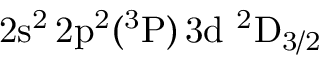
\mathrm { 2 s ^ { 2 } \, 2 p ^ { 2 } ( ^ { 3 } P ) \, 3 d ~ ^ { 2 } D _ { 3 / 2 } }